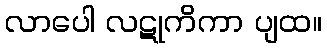
လာပေါ လဋုကိကာ ပျထ။